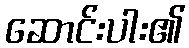
ဆောင်းပါး၏